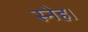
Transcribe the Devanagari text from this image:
स्नेह।